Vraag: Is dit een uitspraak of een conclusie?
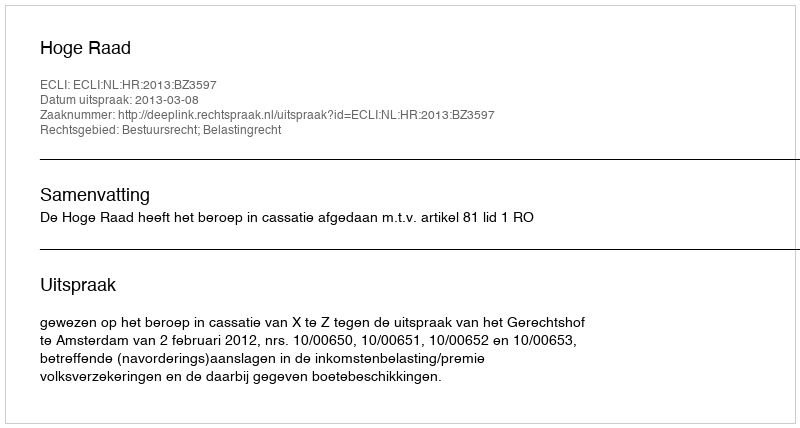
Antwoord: Uitspraak